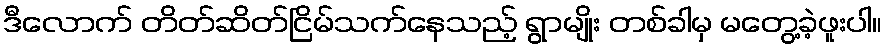
ဒီလောက် တိတ်ဆိတ်ငြိမ်သက်နေသည့် ရွာမျိုး တစ်ခါမှ မတွေ့ခဲ့ဖူးပါ။